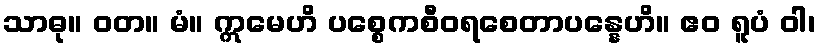
သာဓု။ ဝတ။ မံ။ ဣမေဟိ ပစ္စေကစီဝရစေတာပန္နေဟိ။ ဧဝ ရူပံ ဝါ၊